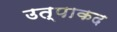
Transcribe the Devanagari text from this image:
उत्पाकद